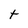
Character: t